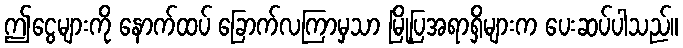
ဤငွေများကို နောက်ထပ် ခြောက်လကြာမှသာ မြို့ပြအရာရှိများက ပေးဆပ်ပါသည်။